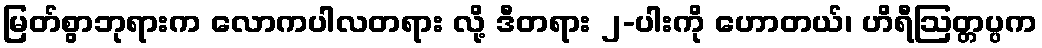
မြတ်စွာဘုရားက လောကပါလတရား လို့ ဒီတရား ၂-ပါးကို ဟောတယ်၊ ဟိရီဩတ္တပ္ပက